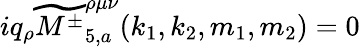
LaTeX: iq_{\rho}\widetilde{{M^{\pm}}}_{5,a}^{\rho\mu\nu}(k_{1},k_{2},m_{1},m_{2})=0